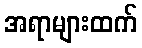
အရာများထက်